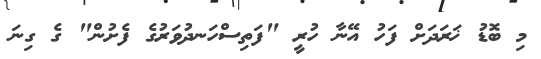
މި ބޮޑު ޚަރަދަށް ފަހު އޭނާ ހުރީ "ފަތިސްހަނދުވަރުގެ ފެށުން" ގެ ގިނަ